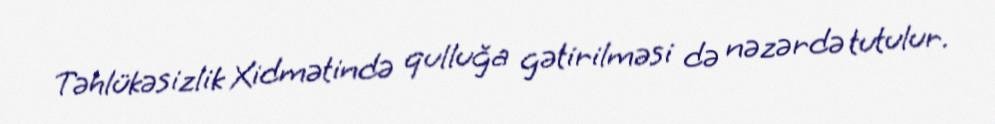
Təhlükəsizlik Xidmətində qulluğa gətirilməsi də nəzərdə tutulur.